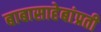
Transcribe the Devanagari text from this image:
बाबासाहेबांप्रती